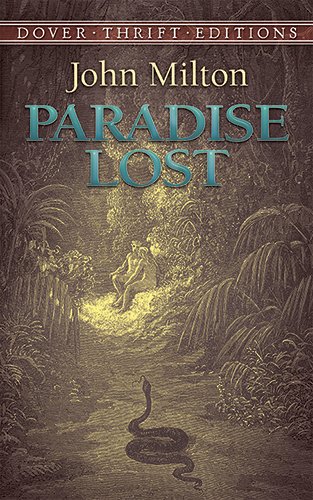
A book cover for Paradise Lost (Dover Thrift Editions); John Milton; Literature & Fiction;